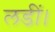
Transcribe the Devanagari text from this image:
लडीं।